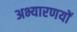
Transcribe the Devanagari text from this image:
अभ्यारणयों